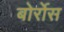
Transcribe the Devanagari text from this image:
बोर्रोस